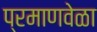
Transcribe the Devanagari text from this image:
प्रमाणवेळा